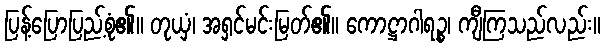
ပြန့်ပြောပြည့်စုံ၏။ တုယှံ၊ အရှင်မင်းမြတ်၏။ ကောဋ္ဌာဂါရဉ္စ၊ ကျီကြသည်လည်း။